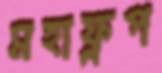
মহাফ্লপ